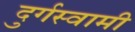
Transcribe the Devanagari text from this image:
दुर्गस्वामी